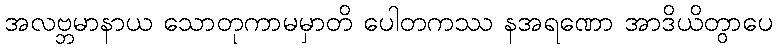
အလဗ္ဘမာနာယ သောတုကာမမှာတိ ပေါတကဿ နအရဏော အာဒိယိတွာပေ